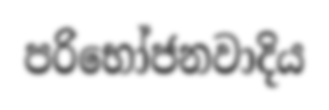
පරිභෝජනවාදිය